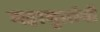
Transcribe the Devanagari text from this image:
महाभुतांनी